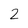
Character: 2